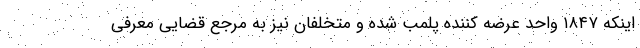
اینکه ۱۸۴۷ واحد عرضه کننده پلمب شده و متخلفان نیز به مرجع قضایی معرفی